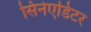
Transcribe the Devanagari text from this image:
सिनेएडिटर